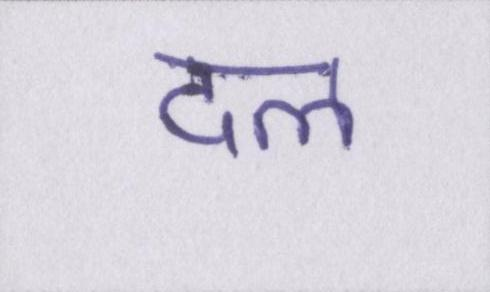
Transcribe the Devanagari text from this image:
दल